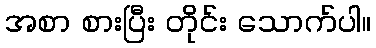
အစာ စားပြီး တိုင်း သောက်ပါ။